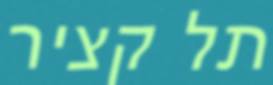
תל קציר